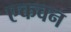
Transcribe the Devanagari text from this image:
एकवन